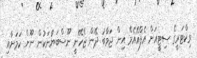
ވިކްޓަރީގެ ސިޓީއަށް އެފްއޭއެމް އިން ޖަވާބު ދޭން ޖެހޭނީ ނޫސްބަޔާނަކުން ނޫން ކަމަށާއި